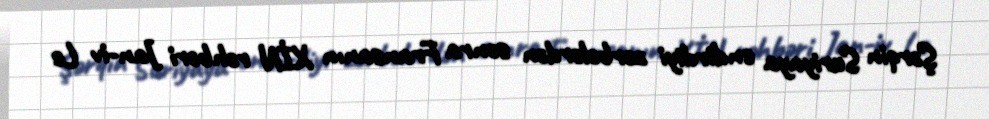
Şərqin Suriyaya endirdiyi zərbələrdən sonra Fransanın XİN rəhbəri Jan-iv Le